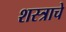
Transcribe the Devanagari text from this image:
शस्त्राचे